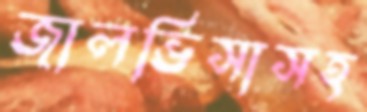
জালভিসাসহ